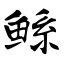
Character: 鲧